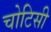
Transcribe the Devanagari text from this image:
चोटिसी